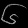
Digit: ၆